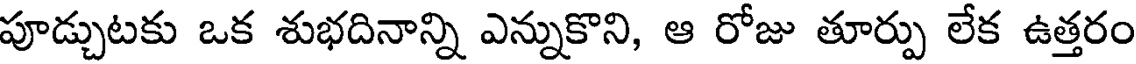
పూడ్చుటకు ఒక శుభదినాన్ని ఎన్నుకొని, ఆ రోజు తూర్పు లేక ఉత్తరం